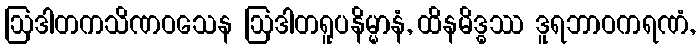
ဩဒါတကသိဏဝသေန ဩဒါတရူပနိမ္မာနံ, ထိနမိဒ္ဓဿ ဒူရဘာဝကရဏံ,